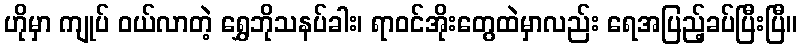
ဟိုမှာ ကျုပ် ဝယ်လာတဲ့ ရွှေဘိုသနပ်ခါး၊ ရာဝင်အိုးတွေထဲမှာလည်း ရေအပြည့်ခပ်ပြီးပြီ။